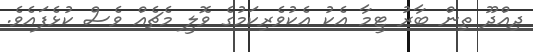
ދިއްދޫ ތިން ބާރު ޓީމާ އެކު އެކުވެރިކަމުގެ ވޮލީ މެޗެއް ވެސް ކުޅެފައެވެ.